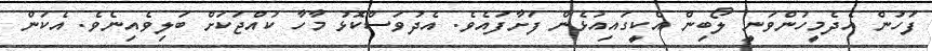
ފަހުން އެދެމީހުންވަނީ ލޯބިން އެކީގައިއުޅެން ފަށާފައެވެ. އެދުވަސްކޮޅު މާހާ ކުއްޖަކަށް ބަލިވެއިނެވެ. އެކަން